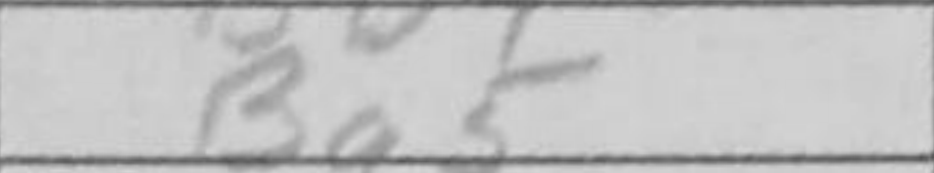
Transcription: Ba5